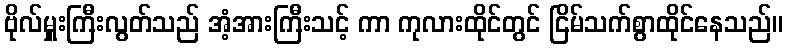
ဗိုလ်မှူးကြီးလွတ်သည် အံ့အားကြီးသင့် ကာ ကုလားထိုင်တွင် ငြိမ်သက်စွာထိုင်နေသည်။